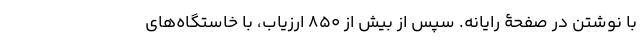
با نوشتن در صفحۀ رایانه. سپس از بیش از ۸۵۰ ارزیاب، با خاستگاه‌های